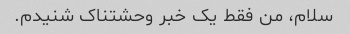
سلام، من فقط یک خبر وحشتناک شنیدم.